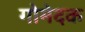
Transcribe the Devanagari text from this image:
गोमेदक